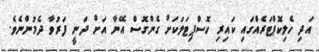
އަދި ހެލިކޮޕްޓަރެއްގައި ކައިރި ހޮސްޕިޓަލަކަށް ގެންގޮސް އޭނާ އަށް ދަނީ ފަރުވާ ދެމުންނެވެ.